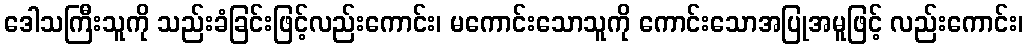
ဒေါသကြီးသူကို သည်းခံခြင်းဖြင့်လည်းကောင်း၊ မကောင်းသောသူကို ကောင်းသောအပြုအမူဖြင့် လည်းကောင်း၊